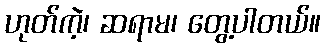
ဟုတ်ကဲ့၊ ဆရာမ၊ တွေ့ပါတယ်။